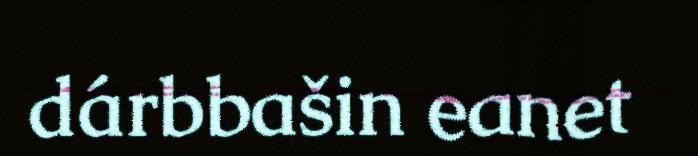
dárbbašin eanet